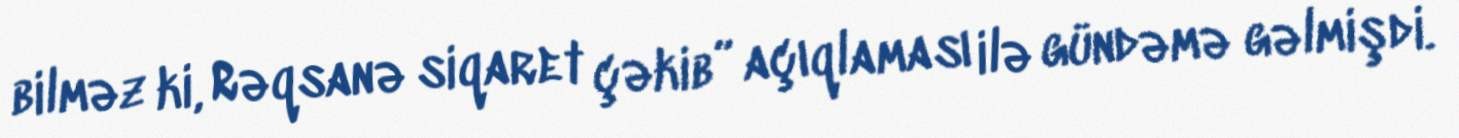
bilməz ki, Rəqsanə siqaret çəkib” açıqlaması ilə gündəmə gəlmişdi.